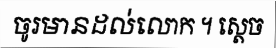
ចូរមានដល់លោក ។ ស្តេច